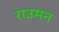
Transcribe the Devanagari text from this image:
राउमन